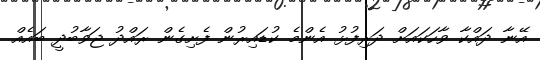
އޭނާ ދައްކާ ވާހަކައަށް ދަރިފުޅު އެންމެ ކުޑައިރުން ފެށިގެން ރައްދު ޖަވާބުދީ ބައެއް